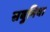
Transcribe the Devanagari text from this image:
सबुनिया